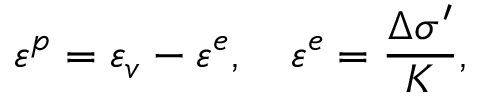
\varepsilon ^ { p } = \varepsilon _ { v } - \varepsilon ^ { e } , \quad \varepsilon ^ { e } = \frac { \Delta \sigma ^ { \prime } } { K } ,